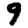
Digit: 9